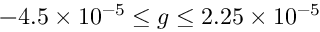
- 4 . 5 \times 1 0 ^ { - 5 } \leq g \leq 2 . 2 5 \times 1 0 ^ { - 5 }